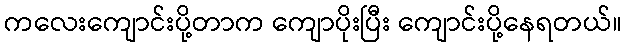
ကလေးကျောင်းပို့တာက ကျောပိုးပြီး ကျောင်းပို့နေရတယ်။